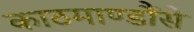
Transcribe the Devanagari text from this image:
काठमाण्डौंसे